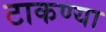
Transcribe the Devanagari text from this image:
टाकण्या